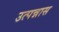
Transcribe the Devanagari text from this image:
उत्पन्नास